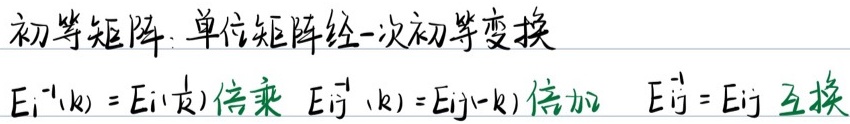
初等矩阵：单位矩阵经一次初等变换
\[
E_{i}^{-1}(k) = E_{i}(\frac{1}{k})\text{ 倍乘 } \quad E_{ij}^{-1}(k) = E_{ij}(-k)\text{ 倍加 } \quad E_{ij}^{-1} = E_{ij}\text{ 互换}
\]